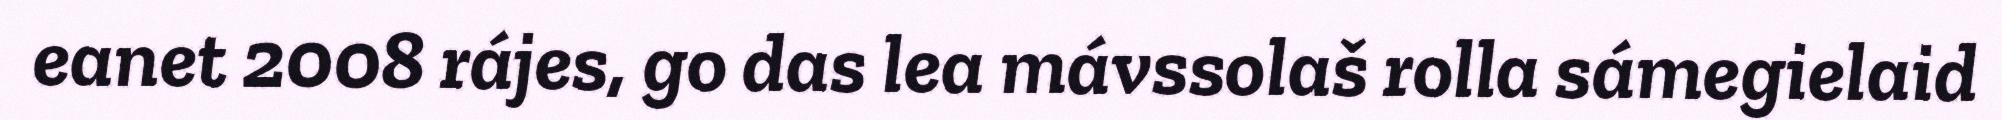
eanet 2008 rájes, go das lea mávssolaš rolla sámegielaid